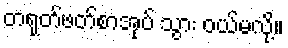
တရုတ်ဖတ်စာအုပ် သွား ဝယ်မလို့။